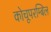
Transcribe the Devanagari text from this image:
कोचूपरम्बिल